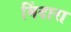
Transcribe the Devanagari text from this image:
मिंदारा